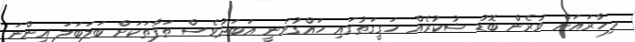
ފިހާރައަށް ވުރެން ބޮޑު ޝުކުރެއް ހަގީގަތުގައި ހައްގުވަނީ އަބަދުވެސް ތަފާތަކަށް ބަލަބަލަ އިންނަ